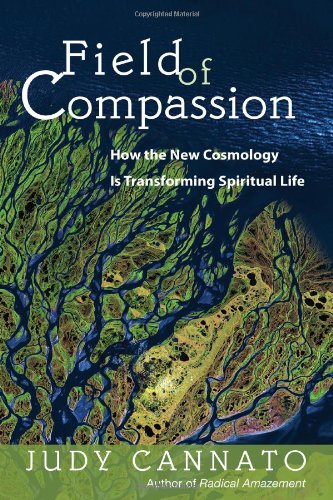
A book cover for Field of Compassion: How the New Cosmology Is Transforming Spiritual Life; Judy Cannato; Science & Math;